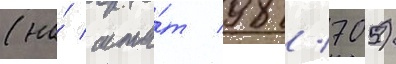
(на́ шта́т 98/ 705)